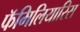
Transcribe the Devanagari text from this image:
फॅमिलियारिस